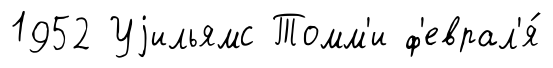
1952 Уjильямс Томм'и ф'еврал'я́